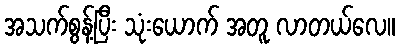
အသက်စွန့်ပြီး သုံးယောက် အတူ လာတယ်လေ။